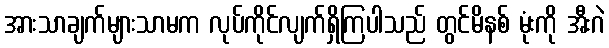
အားသာချက်များသာမက လုပ်ကိုင်လျက်ရှိကြပါသည် တွင်မိနစ် မုံးကို အီးဂဲ